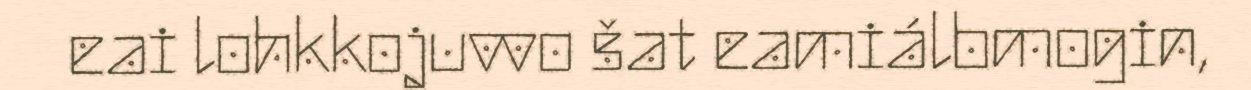
eai lohkkojuvvo šat eamiálbmogin,